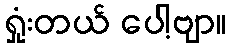
ရှုံးတယ် ပေါ့ဗျာ။